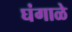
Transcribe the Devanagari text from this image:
घंगाळे